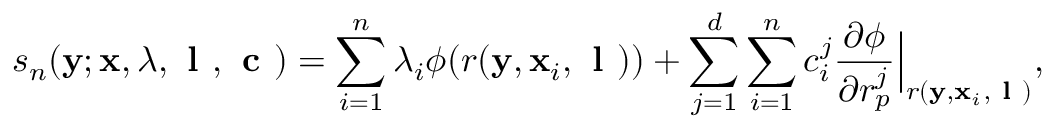
s _ { n } ( \ensuremath { \mathbf { y } } ; \ensuremath { \mathbf { x } } , \boldsymbol { \lambda } , \textbf { l } , \textbf { c } ) = \sum _ { i = 1 } ^ { n } \lambda _ { i } \phi ( r ( \ensuremath { \mathbf { y } } , \ensuremath { \mathbf { x } } _ { i } , \textbf { l } ) ) + \sum _ { j = 1 } ^ { d } \sum _ { i = 1 } ^ { n } c _ { i } ^ { j } \ensuremath { \frac { \partial \phi } { \partial r _ { p } ^ { j } } } \Bigr | _ { r ( \ensuremath { \mathbf { y } } , \ensuremath { \mathbf { x } } _ { i } , \textbf { l } ) } ,